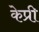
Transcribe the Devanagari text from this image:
केप्री